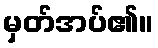
မှတ်အပ်၏။